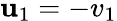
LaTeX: \mathbf{u}_{1}=-v_{1}